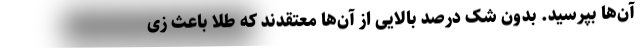
آن‌ها بپرسید. بدون شک درصد بالایی از آن‌ها معتقدند که طلا باعث زی